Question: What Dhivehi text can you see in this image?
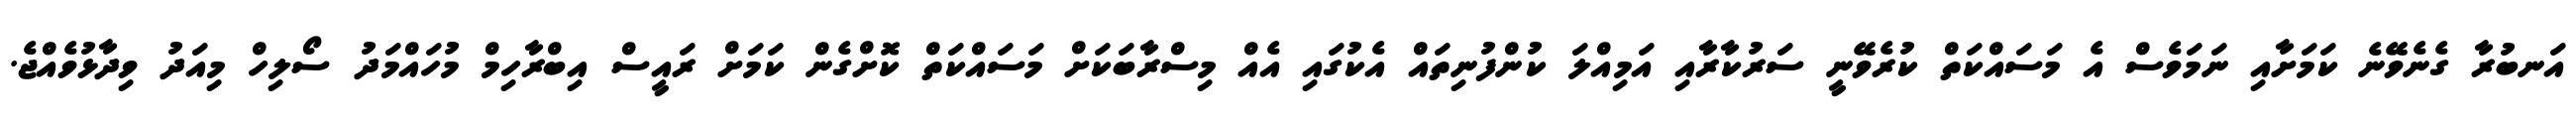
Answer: އަނބުރާ ގެނެވޭނެ ކަމަށާއި ނަމަވެސް އެ މަސައްކަތް ކުރެވޭނީ ސަރުކާރާއި އަމިއްލަ ކުންފުނިތައް އެކުގައި އެއް މިސްރާބަކަށް މަސައްކަތް ކޮށްގެން ކަމަށް ރައީސް އިބްރާހިމް މުހައްމަދު ސޯލިހް މިއަދު ވިދާޅުވެއްޖެ.